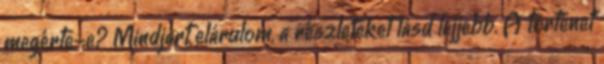
megérte-e? Mindjárt elárulom, a részleteket lásd lejjebb. A történet